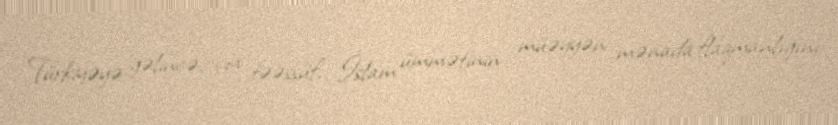
Türkiyəyə gəlincə, çox təəssüf, İslam ümmətinin müəyyən mənada flaqmanlığını